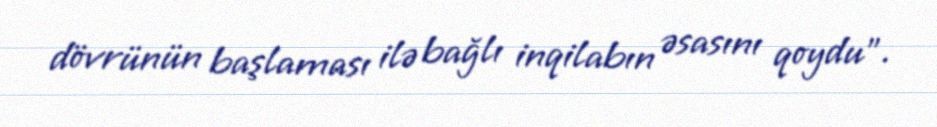
dövrünün başlaması ilə bağlı inqilabın əsasını qoydu”.